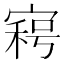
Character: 𡩸